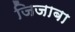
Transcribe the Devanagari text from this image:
जिजाबा